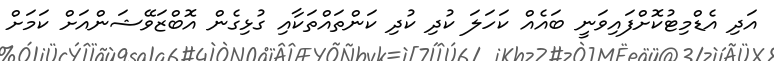
އަދި އެޑްމިޓުކޮށްފައިވަނީ ބައެއް ކަހަލަ ކުދި ކުދި ކަންތައްތަކާއި ގުޅިގެން އޮބްޒަވޭޝަންއަށް ކަމަށް